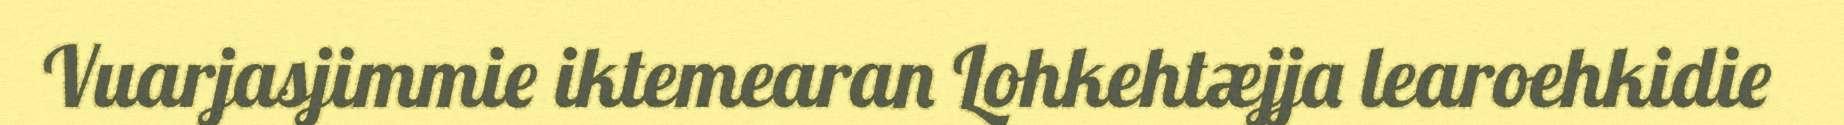
Vuarjasjimmie iktemearan Lohkehtæjja learoehkidie